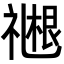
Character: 𬓓